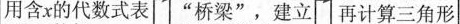
用含x的代数式表 ”桥梁”，建立 再计算三角形